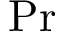
\mathrm { P r }